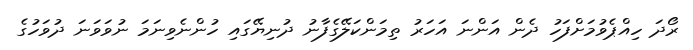
ރޯދަ ހިއްޕެވުމަށްފަހު ދެން އަންނަ އަހަރު ތިމަންކަލޭގެފާނު ދުނިޔޭގައި ހުންނެވިނަމަ ނުވަވަނަ ދުވަހުގެ